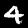
Label: 4